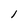
Character: 1